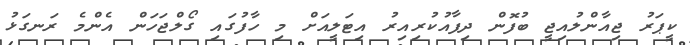
ކީޕަރު ޖިއާންލުއިޖީ ބުފޮން ދިފާއުކުރިއިރު އިޓަލީއަށް މި ހާފުގައި ގޯލްޖަހަން އެންމެ ރަނގަޅު